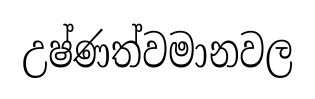
උෂ්ණත්වමානවල